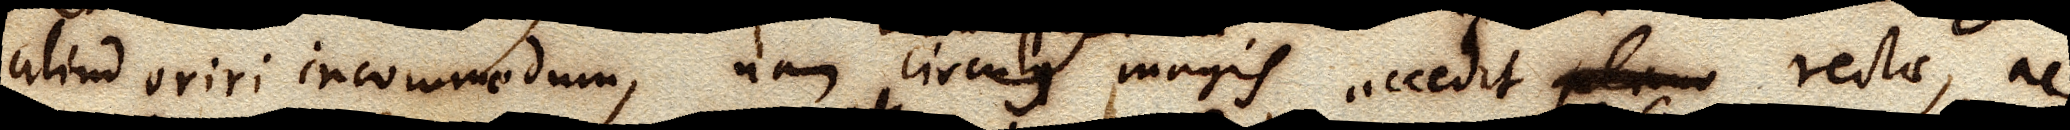
aliud oriri incommodum, nam circulus circuli magis accedit plano rectae, ac